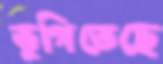
ভুগিতেছে